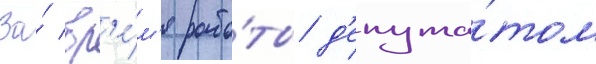
За́ вр'е́м'я рабо́ты д'епута́том